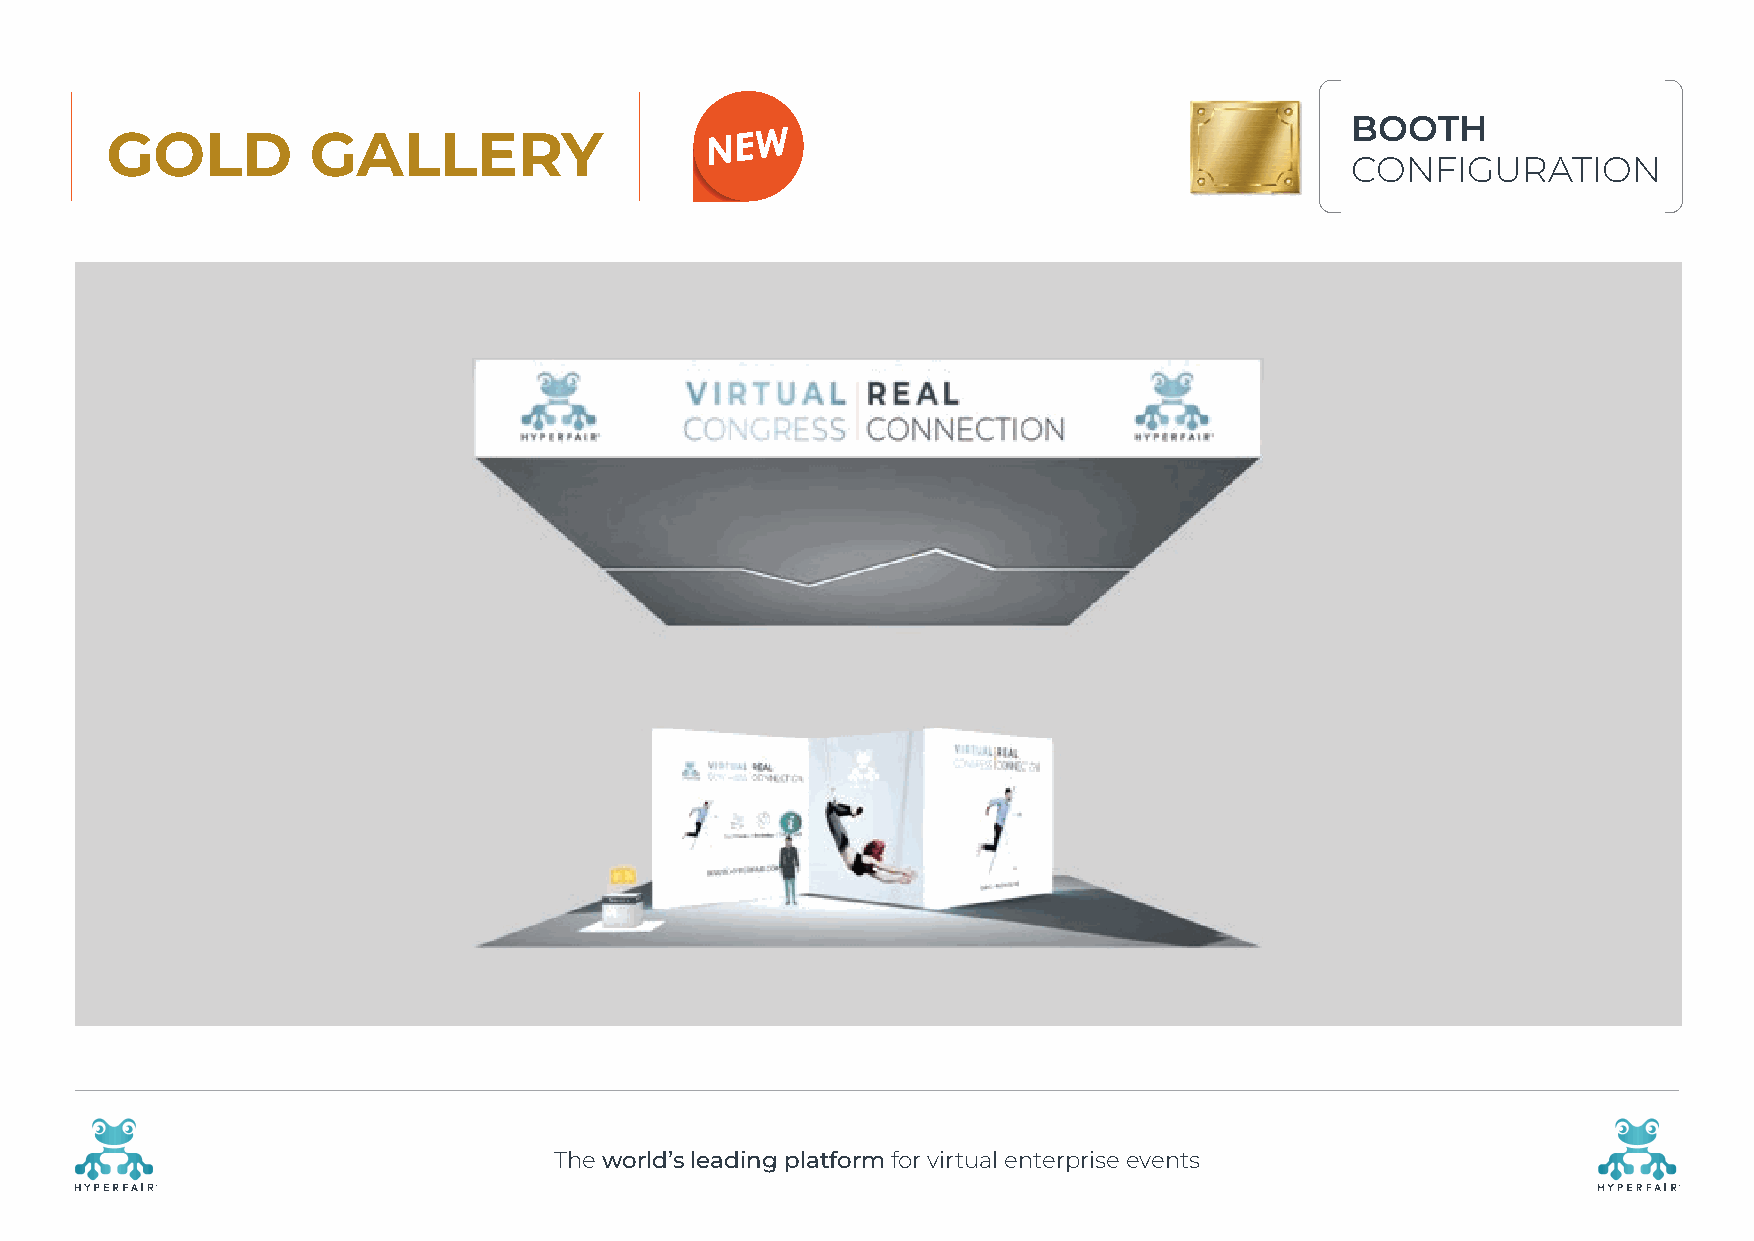
BOOTH
 GOLD         GALLERY
 CONFIGURATION
 The world’s leading platform for virtual enterprise events
 R                                                                                                    R